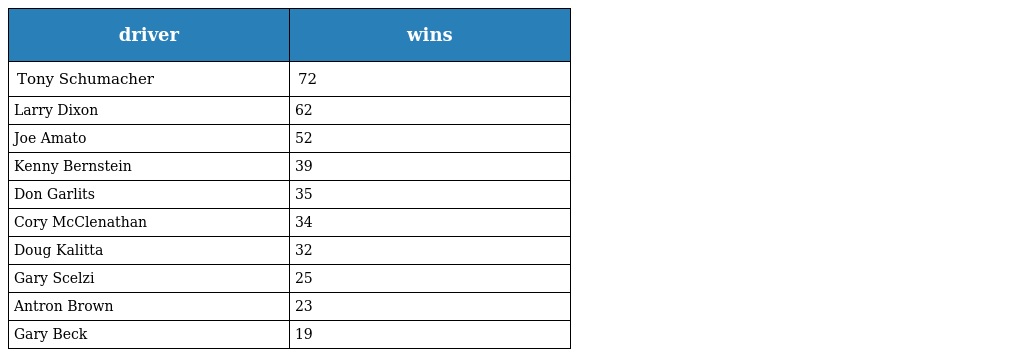
| driver | wins |
 | --- | --- |
 | Tony Schumacher | 72 |
 | Larry Dixon | 62 |
 | Joe Amato | 52 |
 | Kenny Bernstein | 39 |
 | Don Garlits | 35 |
 | Cory McClenathan | 34 |
 | Doug Kalitta | 32 |
 | Gary Scelzi | 25 |
 | Antron Brown | 23 |
 | Gary Beck | 19 |